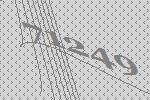
71249